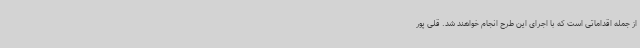
از جمله اقداماتی است که با اجرای این طرح انجام خواهند شد. قلی پور